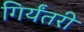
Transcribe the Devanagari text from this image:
गिर्यंतरी